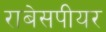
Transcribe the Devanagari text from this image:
राबेसपीयर